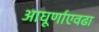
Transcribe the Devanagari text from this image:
आघूर्णाएवढा